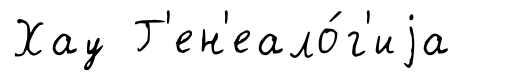
Хау Г'ен'еало́г'иjа